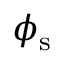
\phi _ { \mathrm { s } }